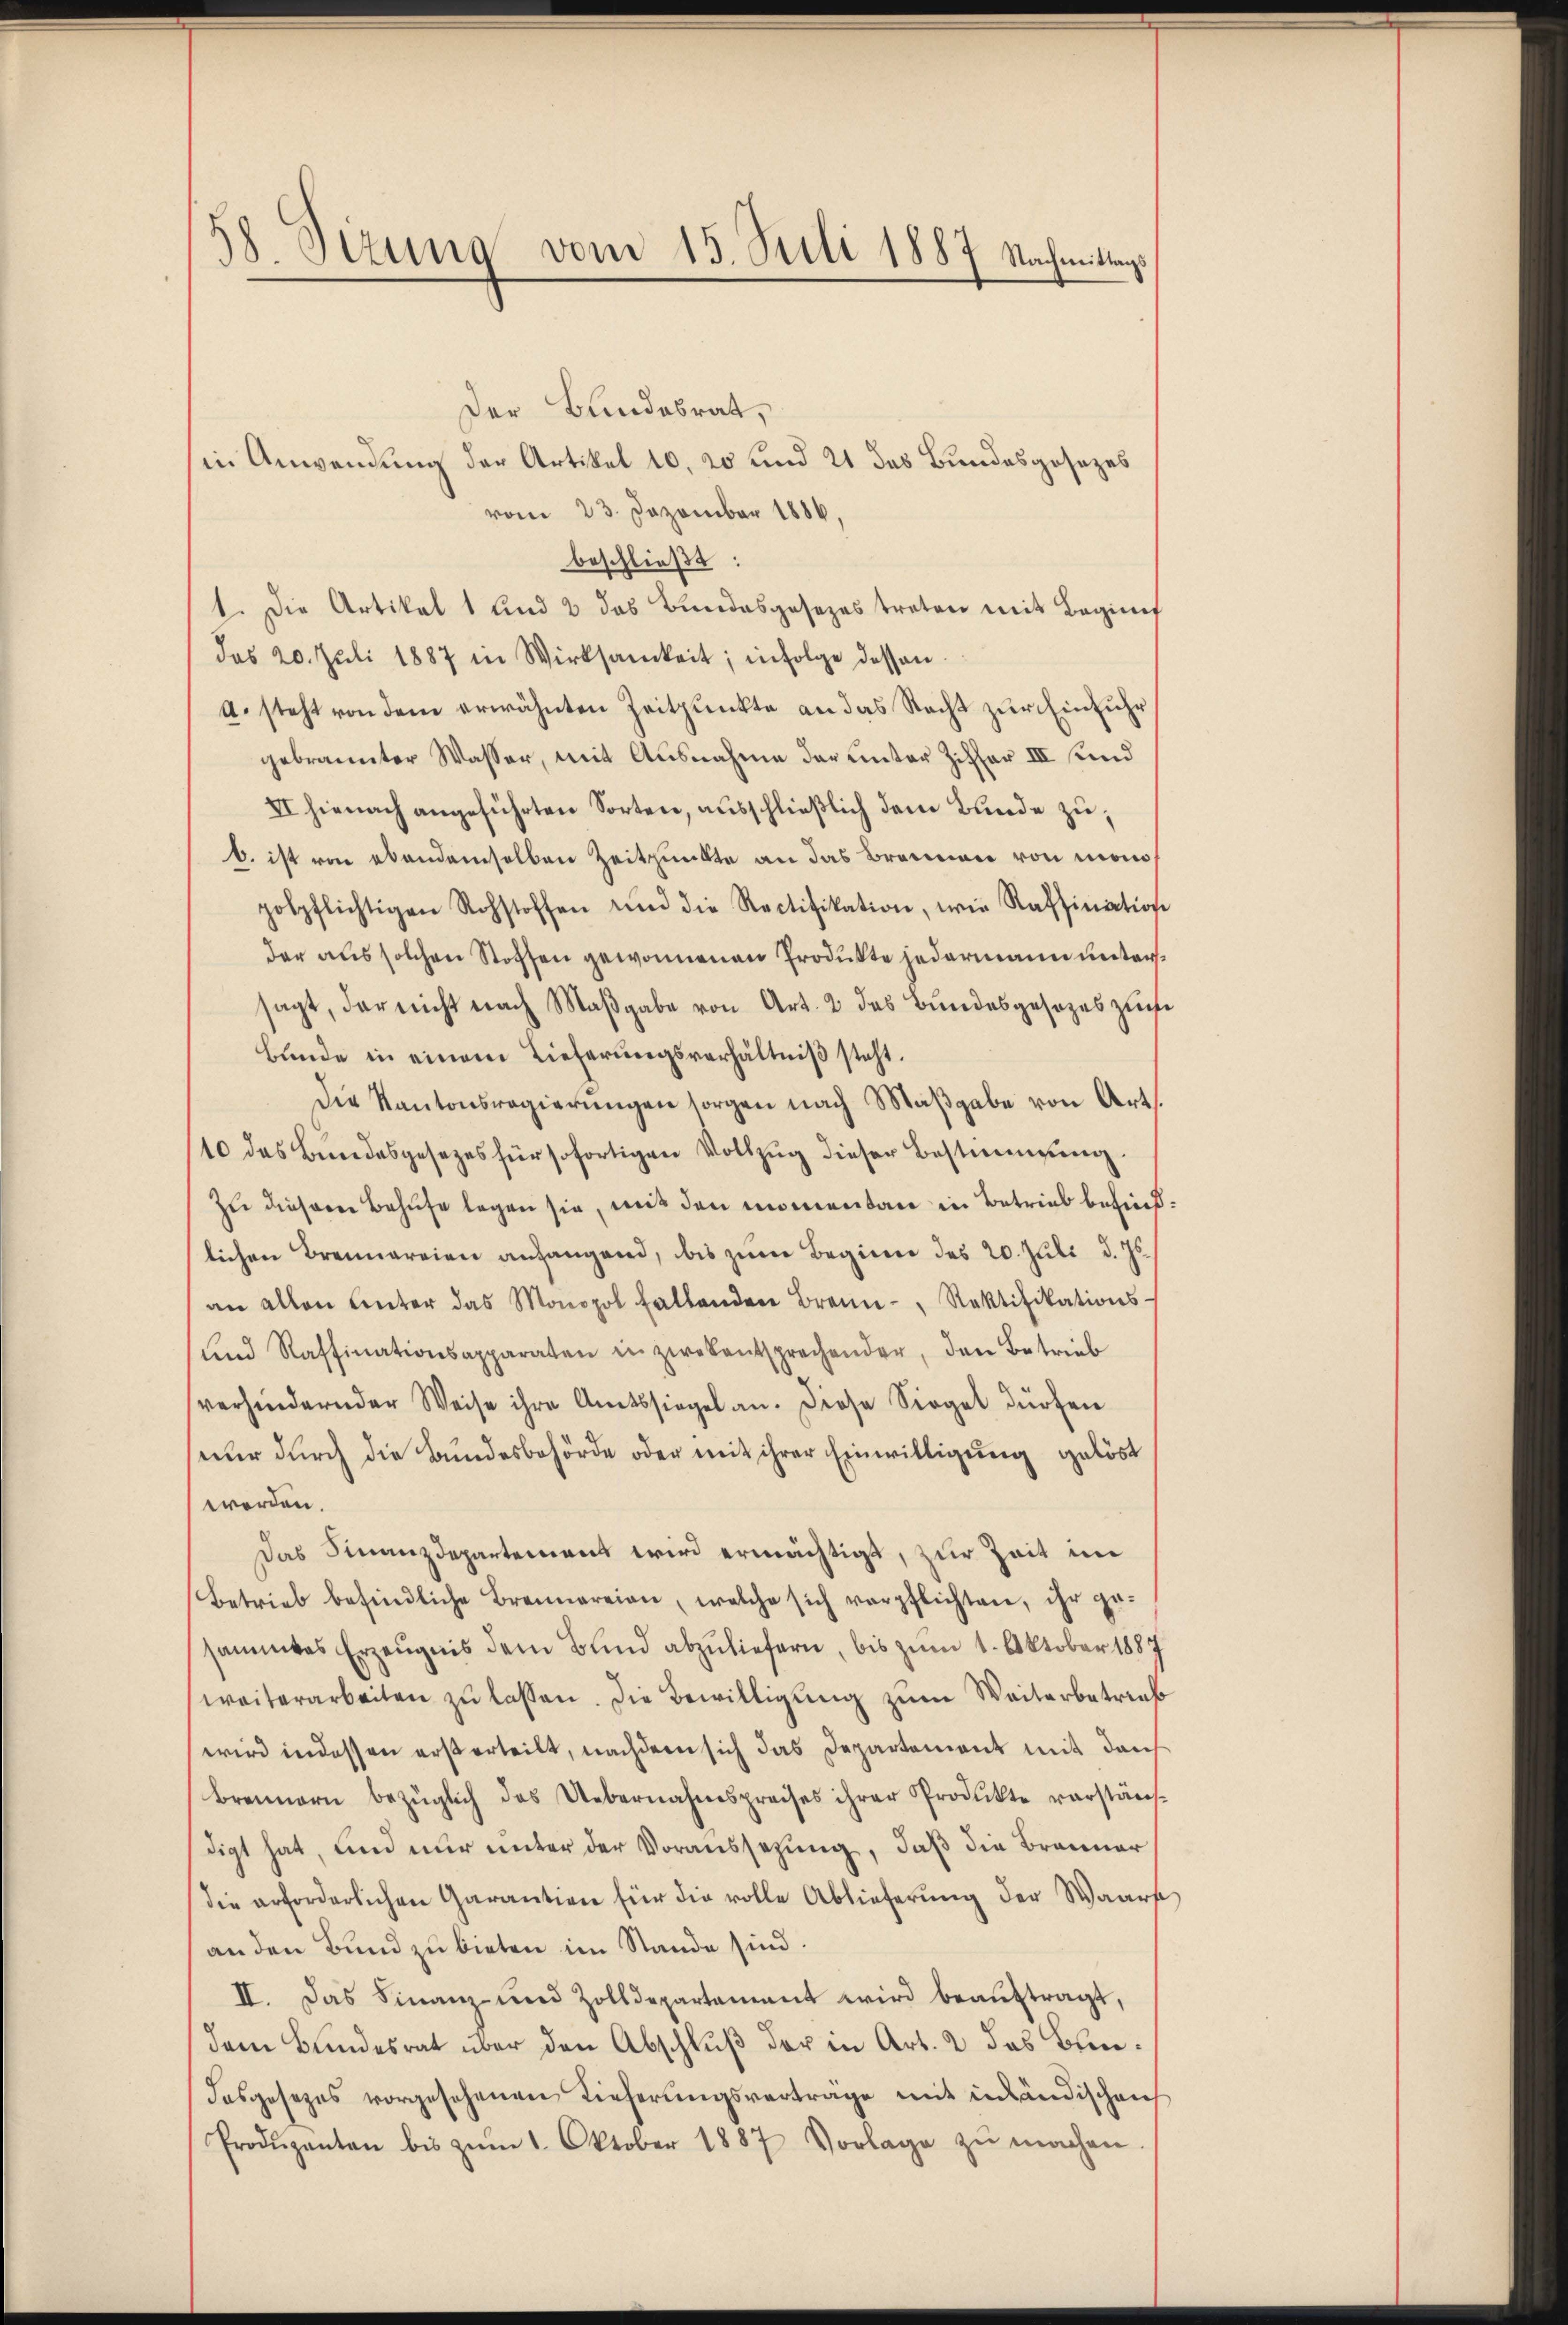
58. Sizung vom 15. Juli 1887 Nachmittags

Der Bundesrat,
in Anwendung der Artikel 10, 20 und 21 das Bundesgesezes
vom 23. Dezember 1886,
beschließt:
1. Die Artikal 1 und 2 das Bundesgesezes treten mit Beginnt
das 20. Juli 1887 in Wirksamkeit; infolge dessen.
A. steht von dem erwähnten Zeitpunkte an das Nacht zŭr Einführ
gebrannter Wasser, mit Ausnahme der unter Ziffer III und
VI hienach angeführten Sorten, ausschließlich dem Bunde zu,
b. ist von ebendemselben Zeitpunkte an das Brennen von monopospflichtigen Rohstoffen und die Rectifikation, wie Raffinition
der aus solchen Stoffen gewonnenen Produkte jedermann unter
sagt, der nicht nach Maßgabe von Art. 2 das Bundesgesezes zu¬
Bunde in einem Lieferungsverhältniβ steht.
Die Kantonsregierŭngen sorgen nach Maβgabe von Art.
10 das Bundesgesetzes für sofortigen Vollzug dieser Bestimmung
Zu diesem Behufe legen sie, mit den momentan in Betrieb behind
lichen Brennereien angangend, bis zum Beginn des 20. Juli d. Js.
an allen Unter das Monopol fallenden Brenn- Rektifikations-
ŭnd Raffinationsapparaten in zwekentsprechender, den Betrieb
verhindernder Weise ihre Amtssiegel an. Diese Siegel dürfen
nur durch die Bundesbehörde oder mit ihrer Einwilligung gelöst
werden.
Das Finanzdepartement wird ermächtigt, zur Zeit im
Betrieb befindliche Brennereien, welche sich verpflichten, ihr ge-
sammtes Erzeugnis dem Bund abzuliefern, bis zum 1. Oktober 1887
weiterarbeiten zŭ lassen. Die Bewilligung zum Weiterbetriefs
wird in dessen ersterteilt, nachdem sich das Departement mit durch
Brennern bezüglich das Uebernahmspreises ihrer Produkte verstän
digt hat, und nur unter der Voraussetzung, daß die Branner,
die erforderlichen Garantien für die volle Ablieferung der Waarst
an den Bund zu bieten im Stande sind
II. Das Finanz- und Zolldepartement wird beaŭftragt,
dem Bundesrat über den Abschluß der in Art. 2 das Been¬
Dasgesezes vorgesehenen Lieferungsvertrage mit inländischen
Prodŭpanten bis zŭm 1. Oktober 1887 Vorlage zŭ machen